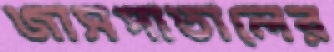
জাসপাতালের